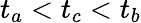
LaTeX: t_{a}<t_{c}<t_{b}